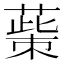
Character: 𦸺